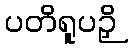
ပတိရူပဉှိ